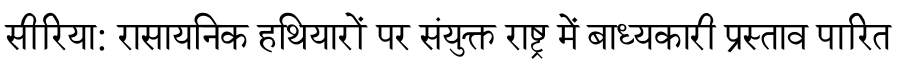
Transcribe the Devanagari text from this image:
सीरिया: रासायनिक हथियारों पर संयुक्त राष्ट्र में बाध्यकारी प्रस्ताव पारित